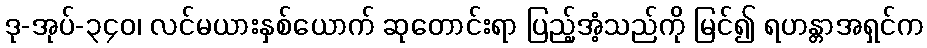
ဒု-အုပ်-၃၄၀၊ လင်မယားနှစ်ယောက် ဆုတောင်းရာ ပြည့်အံ့သည်ကို မြင်၍ ရဟန္တာအရှင်က